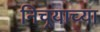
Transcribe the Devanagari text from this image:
निचर्‍याच्या